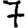
Digit: 7